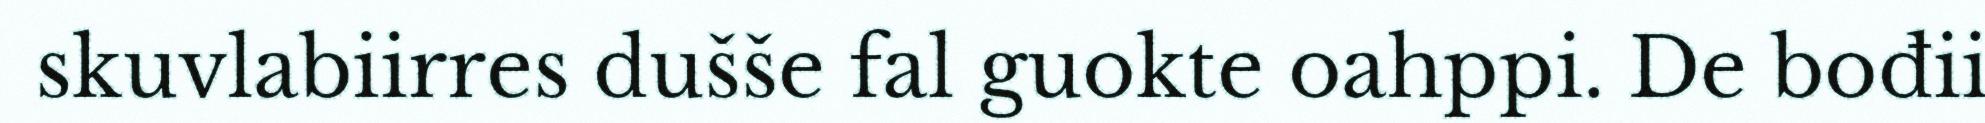
skuvlabiirres dušše fal guokte oahppi. De bođii